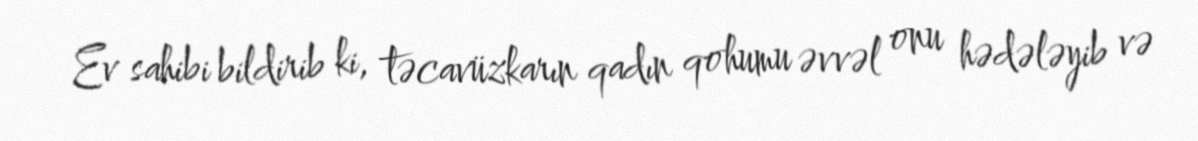
Ev sahibi bildirib ki, təcavüzkarın qadın qohumu əvvəl onu hədələyib və